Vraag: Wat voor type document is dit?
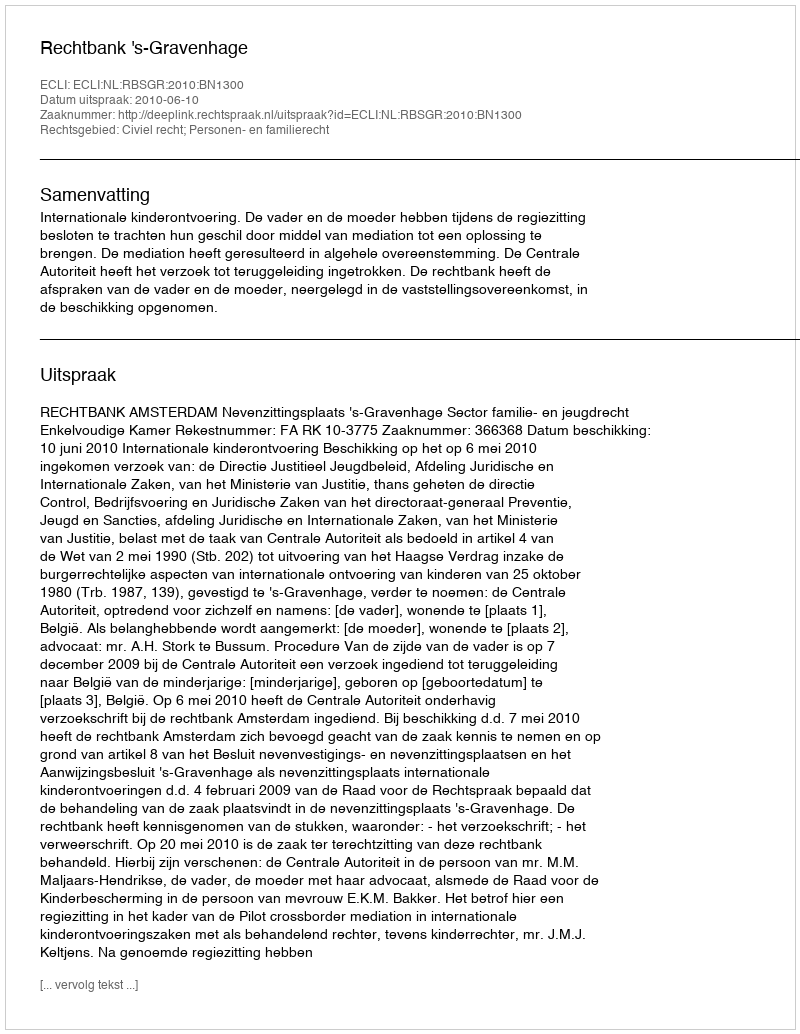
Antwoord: Uitspraak